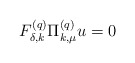
\begin{align*}F^{(q)}_{\delta,k}\Pi^{(q)}_{k,\mu}u=0\end{align*}